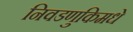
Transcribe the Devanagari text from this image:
निवडणुकिमधे